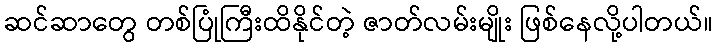
ဆင်ဆာတွေ တစ်ပြုံကြီးထိနိုင်တဲ့ ဇာတ်လမ်းမျိုး ဖြစ်နေလို့ပါတယ်။